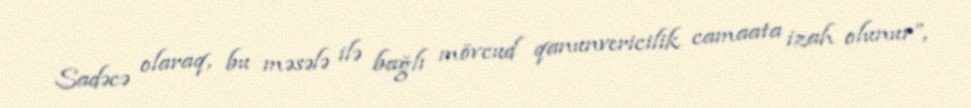
Sadəcə olaraq, bu məsələ ilə bağlı mövcud qanunvericilik camaata izah olunur”,